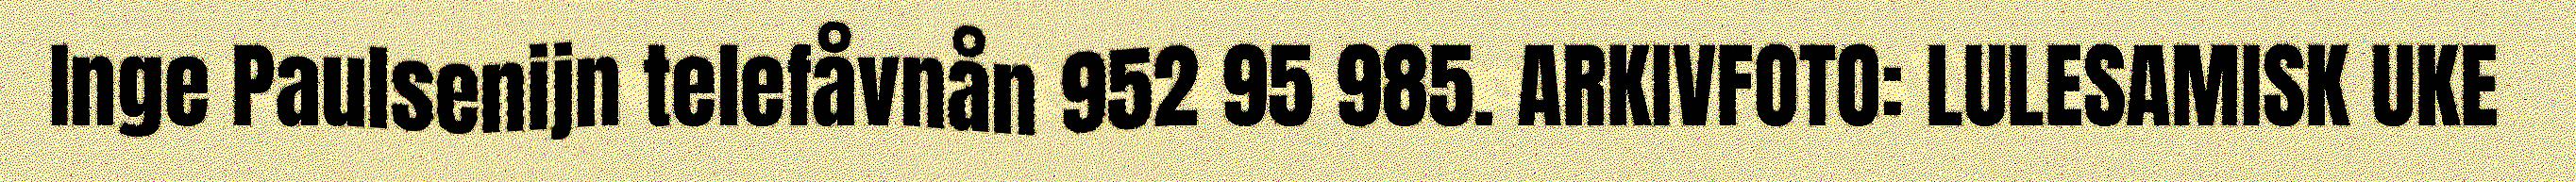
Inge Paulsenijn telefåvnån 952 95 985. ARKIVFOTO: LULESAMISK UKE